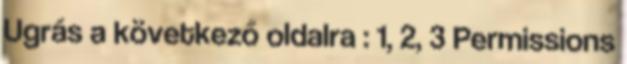
Ugrás a következő oldalra : 1, 2, 3 Permissions